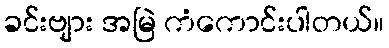
ခင်းဗျား အမြဲ ကံကောင်းပါတယ်။